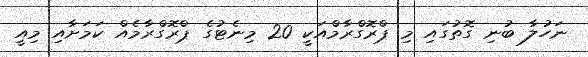
ނަހުލާ ބުނި ގޮތުގައި މި ޕްރޮގްރާމްއަކީ 20 މިނެޓުގެ ޕްރޮގްރާމެއް ކަމަށާއި މިއީ